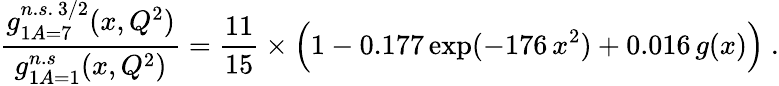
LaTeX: \frac{g_{1A=7}^{n.s.\, 3/2}(x,Q^{2})}{g_{1A=1}^{n.s}(x,Q^{2})}=\frac{11}{15}\times\Big(1-0.177\, \mathrm{exp}(-176\, x^{2})+0.016\, g(x)\Big)\ .